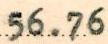
56.76